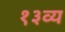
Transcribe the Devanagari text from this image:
१३व्य